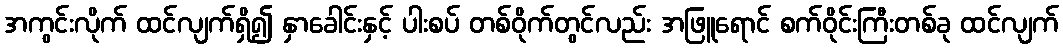
အကွင်းလိုက် ထင်လျက်ရှိ၍ နှာခေါင်းနှင့် ပါးစပ် တစ်ဝိုက်တွင်လည်း အဖြူရောင် စက်ဝိုင်းကြီးတစ်ခု ထင်လျက်